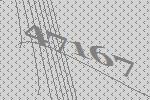
47167